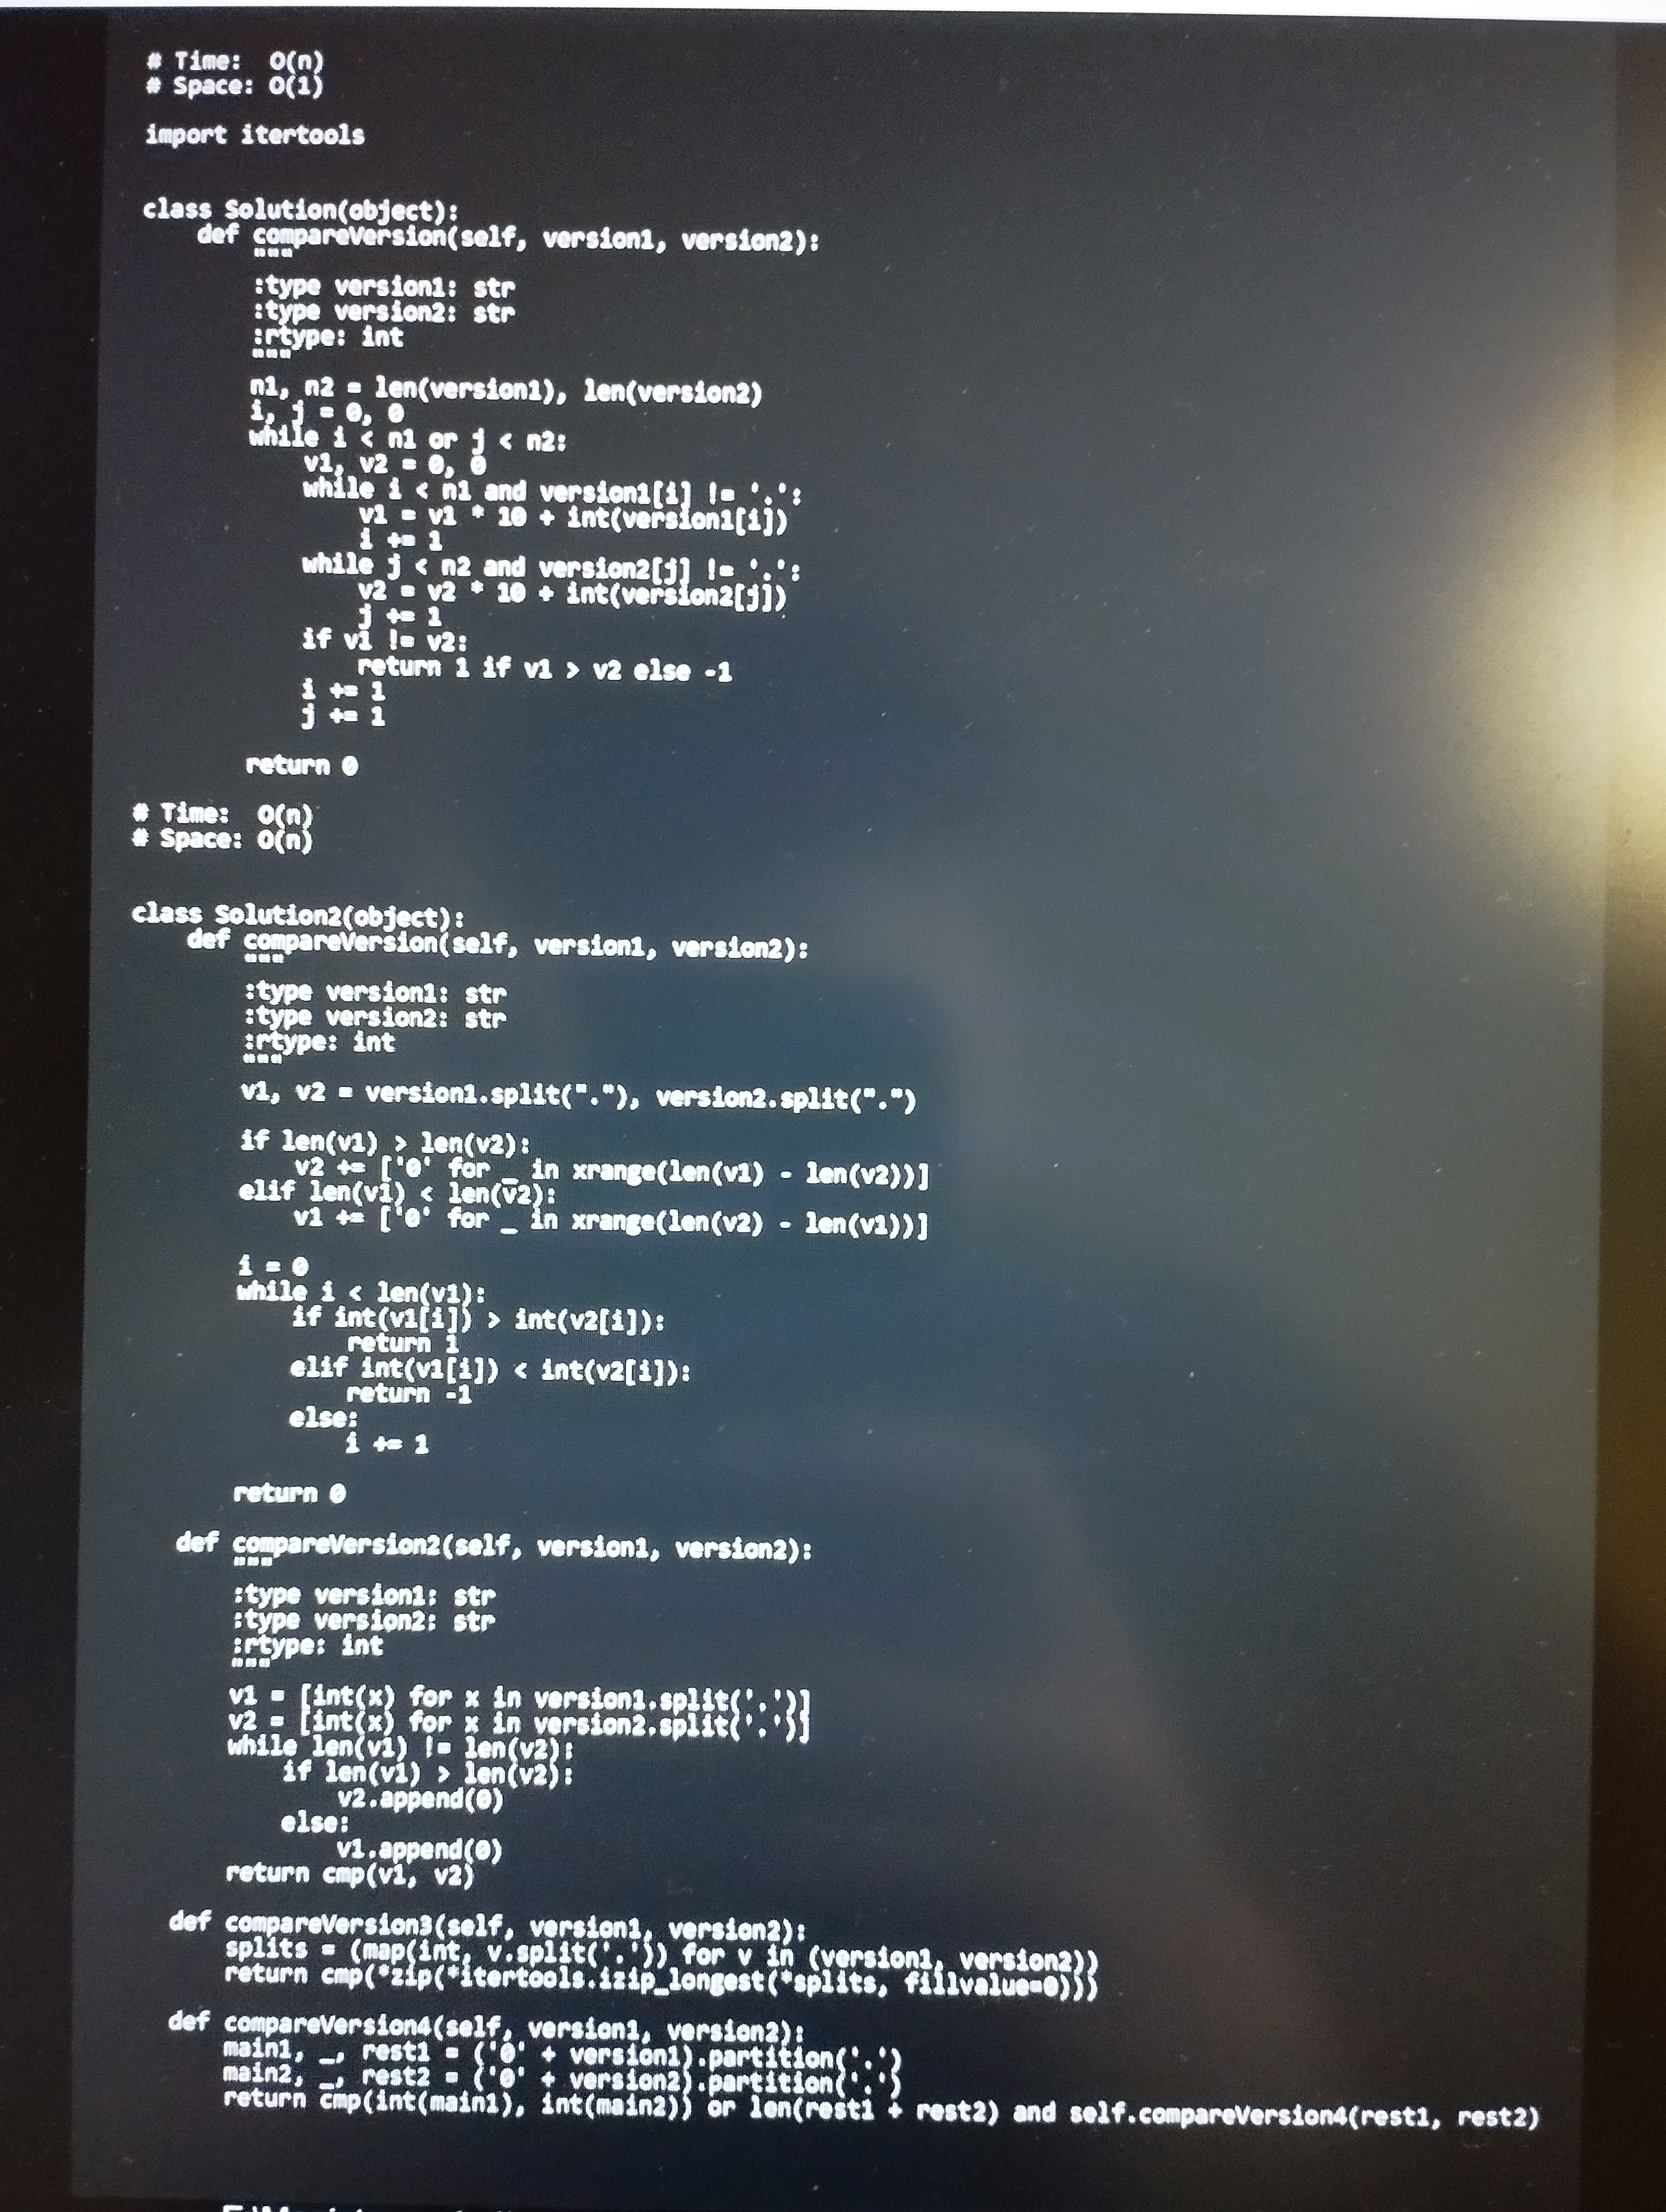
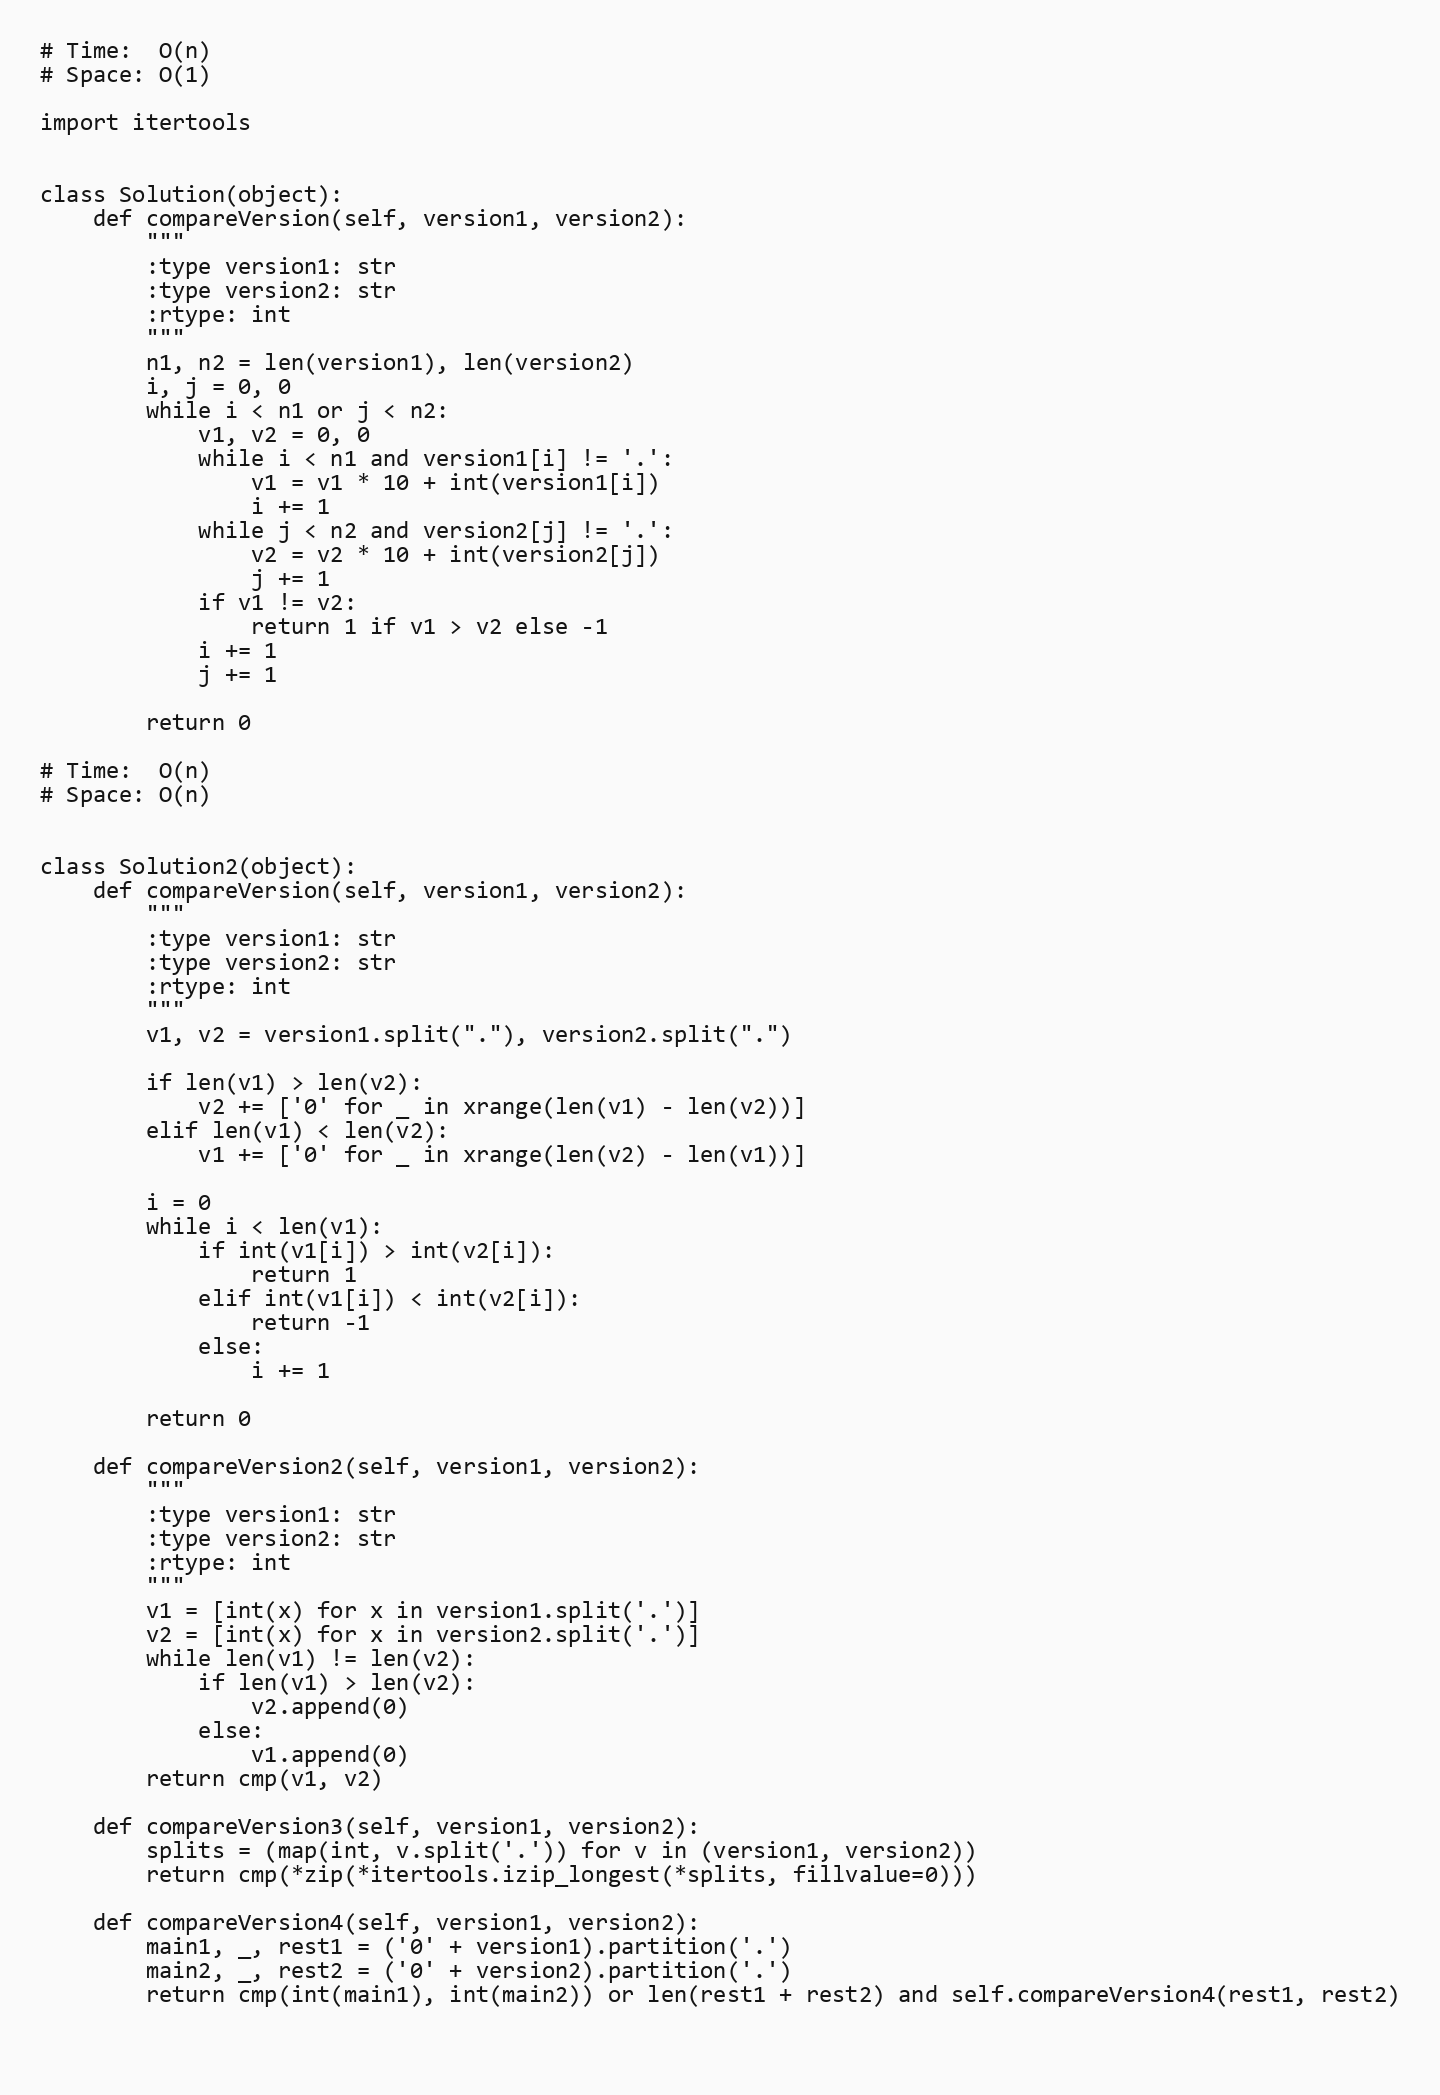
# Time:  O(n)
# Space: O(1)

import itertools

class Solution(object):
    def compareVersion(self, version1, version2):
        """
        :type version1: str
        :type version2: str
        :rtype: int
        """
        n1, n2 = len(version1), len(version2)
        i, j = 0, 0
        while i < n1 or j < n2:
            v1, v2 = 0, 0
            while i < n1 and version1[i] != '.':
                v1 = v1 * 10 + int(version1[i])
                i += 1
            while j < n2 and version2[j] != '.':
                v2 = v2 * 10 + int(version2[j])
                j += 1
            if v1 != v2:
                return 1 if v1 > v2 else -1
            i += 1
            j += 1

        return 0

# Time:  O(n)
# Space: O(n)

class Solution2(object):
    def compareVersion(self, version1, version2):
        """
        :type version1: str
        :type version2: str
        :rtype: int
        """
        v1, v2 = version1.split("."), version2.split(".")

        if len(v1) > len(v2):
            v2 += ['0' for _ in xrange(len(v1) - len(v2))]
        elif len(v1) < len(v2):
            v1 += ['0' for _ in xrange(len(v2) - len(v1))]

        i = 0
        while i < len(v1):
            if int(v1[i]) > int(v2[i]):
                return 1
            elif int(v1[i]) < int(v2[i]):
                return -1
            else:
                i += 1

        return 0

    def compareVersion2(self, version1, version2):
        """
        :type version1: str
        :type version2: str
        :rtype: int
        """
        v1 = [int(x) for x in version1.split('.')]
        v2 = [int(x) for x in version2.split('.')]
        while len(v1) != len(v2):
            if len(v1) > len(v2):
                v2.append(0)
            else:
                v1.append(0)
        return cmp(v1, v2)

    def compareVersion3(self, version1, version2):
        splits = (map(int, v.split('.')) for v in (version1, version2))
        return cmp(*zip(*itertools.izip_longest(*splits, fillvalue=0)))

    def compareVersion4(self, version1, version2):
        main1, _, rest1 = ('0' + version1).partition('.')
        main2, _, rest2 = ('0' + version2).partition('.')
        return cmp(int(main1), int(main2)) or len(rest1 + rest2) and self.compareVersion4(rest1, rest2)